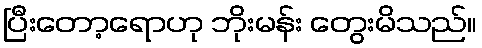
ပြီးတော့ရောဟု ဘိုးမန်း တွေးမိသည်။